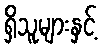
ရှိသူများနှင့်